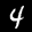
Label: 4